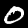
Label: 0